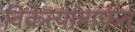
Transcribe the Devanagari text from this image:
विक्रेत्यांमार्फत